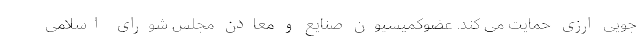
جویی ارزی حمایت می کند. عضوکمیسیون صنایع و معادن مجلس شورای اسلامی